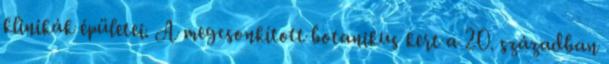
klinikák épületei. A megcsonkított botanikus kert a 20. században